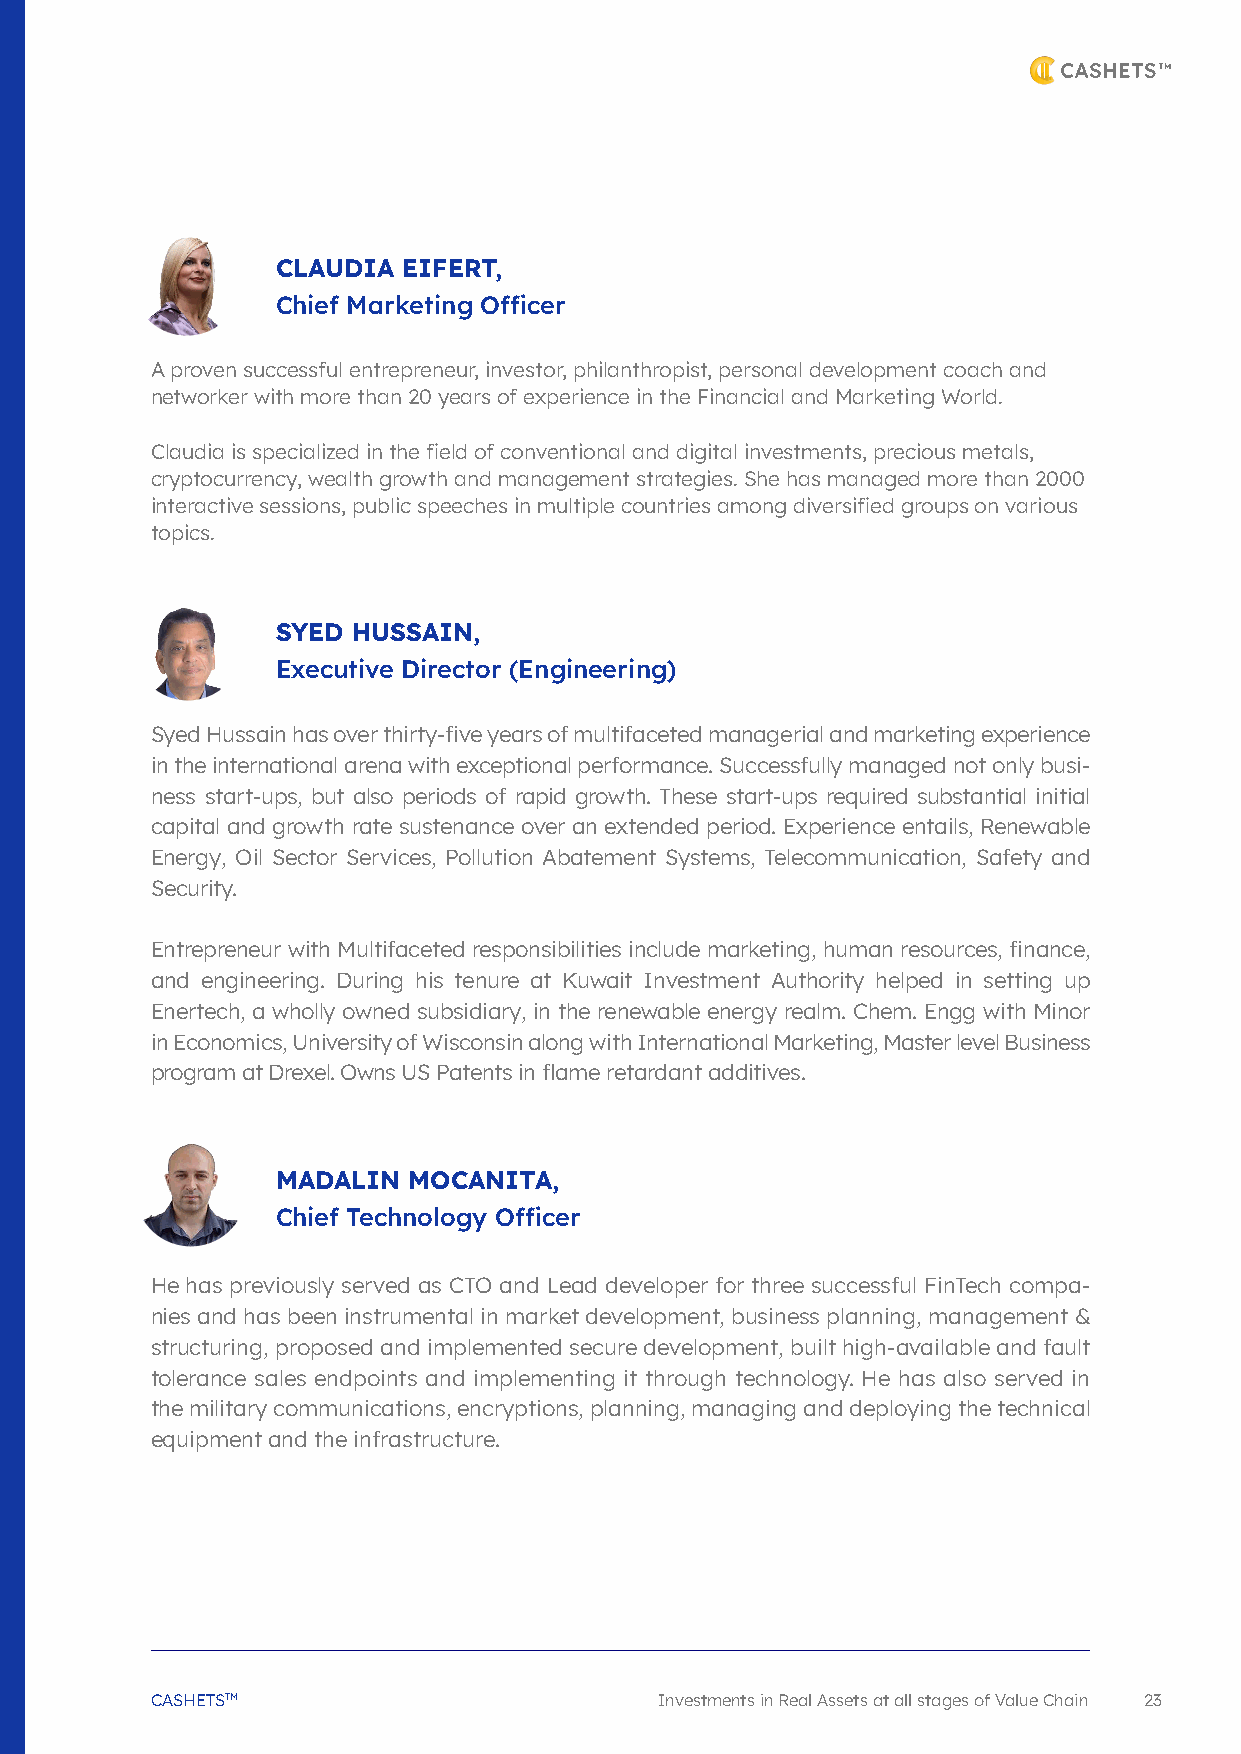
CLAUDIA  EIFERT,
 Chief Marketing Officer
 A proven successful entrepreneur, investor, philanthropist, personal development coach and
 networker with more than 20 years of experience in the Financial and Marketing World.
 Claudia is specialized in the field of conventional and digital investments, precious metals,
 cryptocurrency, wealth growth and management strategies. She has managed more than 2000
 interactive sessions, public speeches in multiple countries among diversified groups on various
 topics.
 SYED HUSSAIN,
 Executive Director (Engineering)
 Syed Hussain has over thirty-five years of multifaceted managerial and marketing experience
 in the international arena with exceptional performance. Successfully managed not only busi-
 ness start-ups, but also periods of rapid growth. These start-ups required substantial initial
 capital and growth rate sustenance over an extended period. Experience entails, Renewable
 Energy, Oil Sector Services, Pollution Abatement Systems, Telecommunication, Safety and
 Security.
 Entrepreneur with Multifaceted responsibilities include marketing, human resources, finance,
 and engineering. During his tenure at Kuwait Investment Authority helped in setting up
 Enertech, a wholly owned subsidiary, in the renewable energy realm. Chem. Engg with Minor
 in Economics, University of Wisconsin along with International Marketing, Master level Business
 program at Drexel. Owns US Patents in flame retardant additives.
 MADALIN  MOCANITA,
 Chief Technology Officer
 He has previously served as CTO and Lead developer for three successful FinTech compa-
 nies and has been instrumental in market development, business planning, management &
 structuring, proposed and implemented secure development, built high-available and fault
 tolerance sales endpoints and implementing it through technology. He has also served in
 the military communications, encryptions, planning, managing and deploying the technical
 equipment and the infrastructure.
 CASHETSTM                         Investments in Real Assets at all stages of Value Chain 23